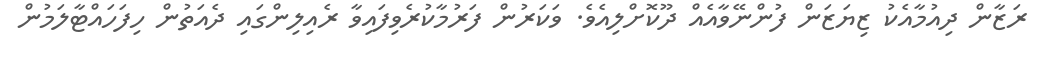
ރަޒާން ދިއުމާއެކު ޒިޔަޒަން ފުންނޭވާއެއް ދޫކޮށްލިއެވެ. ވަކަރުން ފަރުމާކުރެވިފައިވާ ރެއިލިންގައި ދެއަތުން ހިފަހައްޓާލަމުން